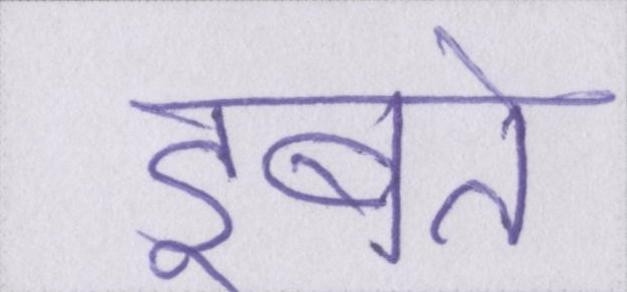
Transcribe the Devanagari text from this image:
डूबते